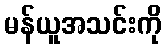
မန်ယူအသင်းကို